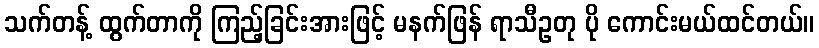
သက်တန့် ထွက်တာကို ကြည့်ခြင်းအားဖြင့် မနက်ဖြန် ရာသီဥတု ပို ကောင်းမယ်ထင်တယ်။